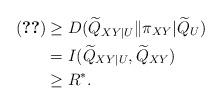
LaTeX: \begin{align*}\eqref{eq:-2} & \geq D(\widetilde{Q}_{XY|U}\|\pi_{XY}|\widetilde{Q}_{U})\\ & =I(\widetilde{Q}_{XY|U},\widetilde{Q}_{XY})\\ & \geq R^{*}.\end{align*}